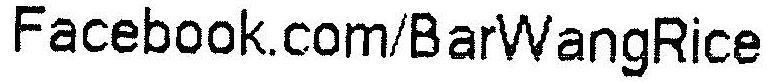
FACEBOOK.COM/BARWANGRICE